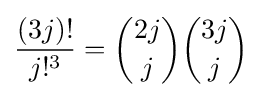
{\frac {(3j)!}{j!^{3}}}={\binom {2j}{j}}{\binom {3j}{j}}